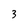
Character: 3